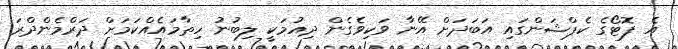
އެ ފޮޓޯގެ ކެޕްޝަންގައި އަބަދަށް އޭނާ ވަކިވެގެން ދިއުމަކީ ލިބުނު ހިތާމައެއްކަމަށް ދަރްމެންދްރަ